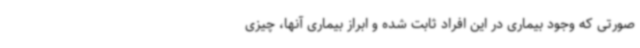
صورتی که وجود بیماری در این افراد ثابت شده و ابراز بیماری آنها، چیزی